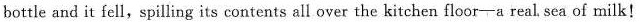
bottle and it fell,spilling its contents all over the kitchen floor-a real sea of milk!